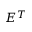
E ^ { T }